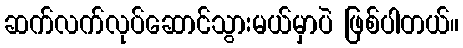
ဆက်လက်လုပ်ဆောင်သွားမယ်မှာပဲ ဖြစ်ပါတယ်။